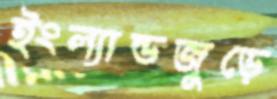
ইংল্যান্ডজুড়ে